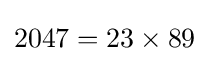
2047=23\times 89